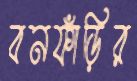
বনফাঁড়ির